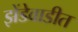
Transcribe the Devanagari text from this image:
झेंडेवाडीत